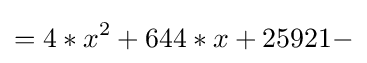
=4*x^{2}+644*x+25921-